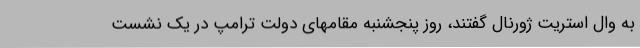
به وال استریت ژورنال گفتند، روز پنجشنبه مقامهای دولت ترامپ در یک نشست